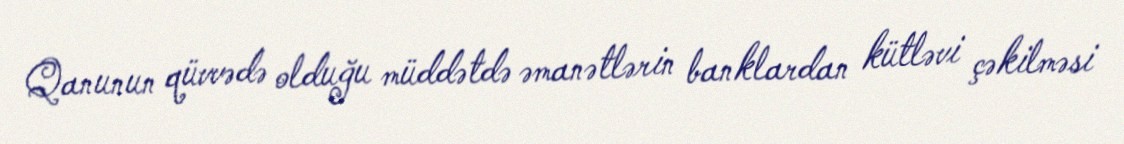
Qanunun qüvvədə olduğu müddətdə əmanətlərin banklardan kütləvi çəkilməsi